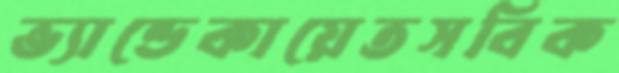
ভ্যান্ডেকায়েতসবিক